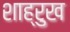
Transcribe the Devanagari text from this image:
शाह्रुख